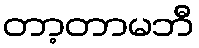
တာ့တာမဘီ